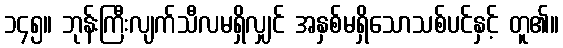
၁၄၅။ ဘုန်းကြီးလျက်သီလမရှိလျှင် အနှစ်မရှိသောသစ်ပင်နှင့် တူ၏။